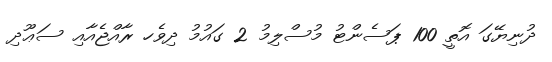
ދުނިޔޭގަ އޮތީ 100 ޕަސެންޓު މުސްލިމު 2 ގައުމު ދިވެހ ރާއްޖެއާއި ސަޢޫދި